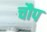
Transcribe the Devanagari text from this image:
चौप